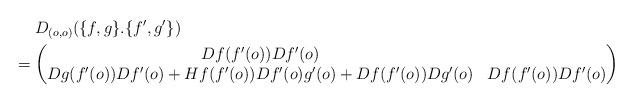
LaTeX: \begin{align*}&\hphantom{{}={}}D_{(o,o)}(\{f,g\}.\{f',g'\})\\*&=\begin{pmatrix}Df(f'(o))Df'(o)\\Dg(f'(o))Df'(o)+Hf(f'(o))Df'(o)g'(o)+Df(f'(o))Dg'(o) & Df(f'(o))Df'(o)\end{pmatrix}\end{align*}